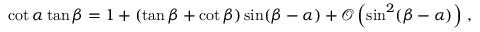
\cot \alpha \tan \beta = 1 + ( \tan \beta + \cot \beta ) \sin ( \beta - \alpha ) + \mathcal { O } \left( \sin ^ { 2 } ( \beta - \alpha ) \right) \, ,